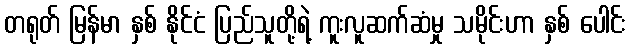
တရုတ် မြန်မာ နှစ် နိုင်ငံ ပြည်သူတို့ရဲ့ ကူးလူဆက်ဆံမှု သမိုင်းဟာ နှစ် ပေါင်း